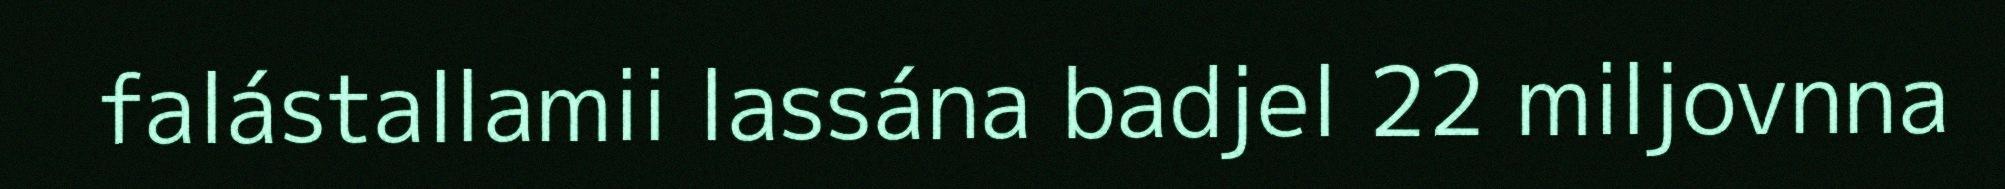
falástallamii lassána badjel 22 miljovnna